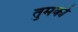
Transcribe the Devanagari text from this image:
तुमकोे